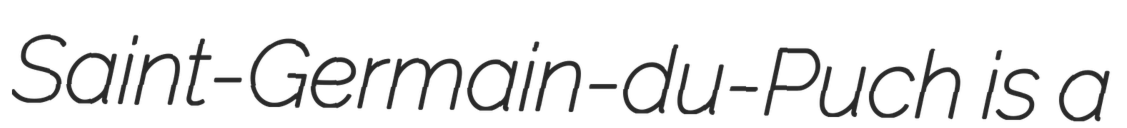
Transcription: Saint-Germain-du-Puch is a